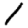
Digit: 1